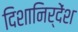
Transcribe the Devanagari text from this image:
दिशानिर्देंश